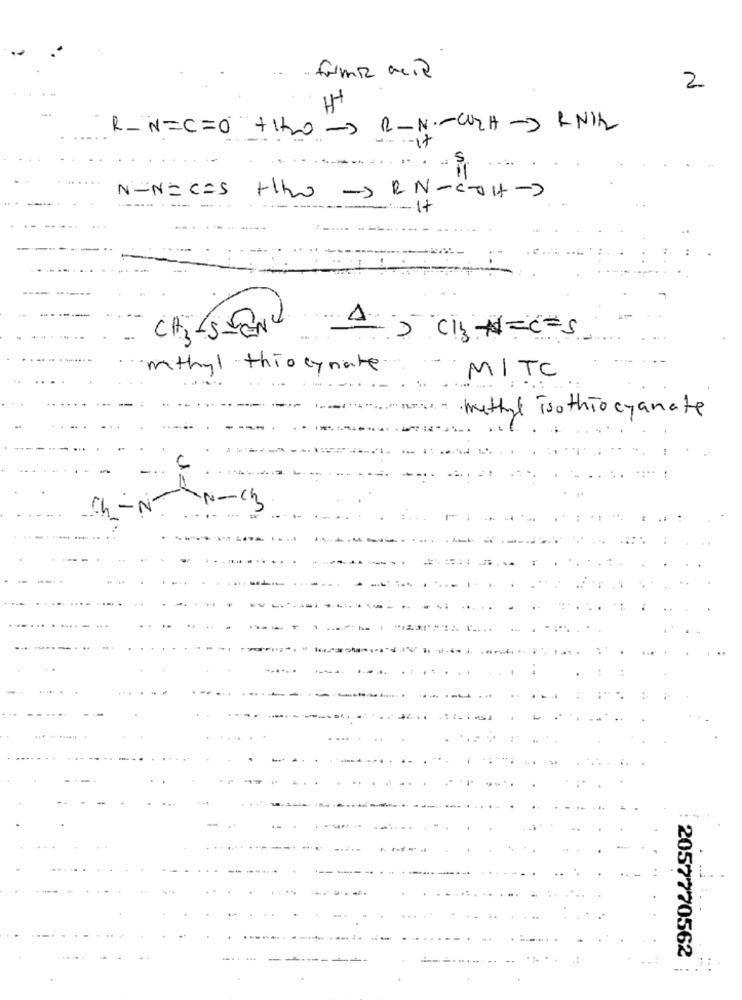
former acid
2
H+
R_N=C=0 +H2o- B-N .- C2H->RN12
- - - it
...
N-N=C=S +Wo - RN-C-OH-)
--
-------
:- It
-
CH3-5-END
2 Cl3 N=C=S
mithyl thiscyrate.
MITC
" Les - Methyl Toothiocyanate
Ch -N
N-13
2057770562